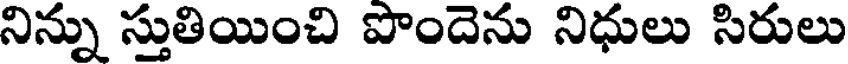
నిన్ను స్తుతియించి పొందెను నిధులు సిరులు